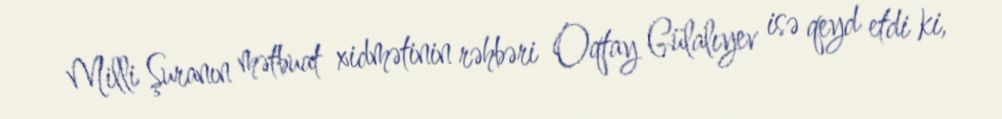
Milli Şuranın mətbuat xidmətinin rəhbəri Oqtay Gülalıyev isə qeyd etdi ki,